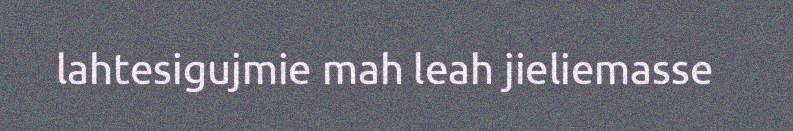
lahtesigujmie mah leah jieliemasse